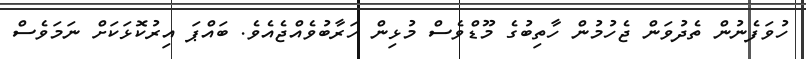
ހުވަފެނުން ތެދުވަން ޖެހުމުން ހާތިބުގެ މޫޑްވެސް މުޅިން ހަރާބުވެއްޖެއެވެ. ބައްޕަ އިރުކޮޅަކަށް ނަމަވެސް